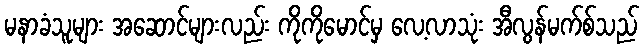
မနာခံသူများ အဆောင်များလည်း ကိုကိုမောင်မှ လေ့လာသုံး အီလွန်မက်စ်သည်